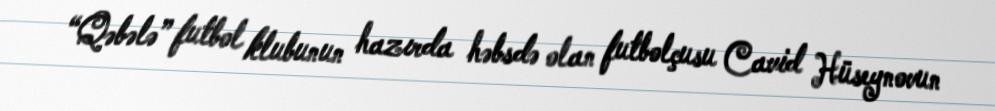
“Qəbələ” futbol klubunun hazırda həbsdə olan futbolçusu Cavid Hüseynovun